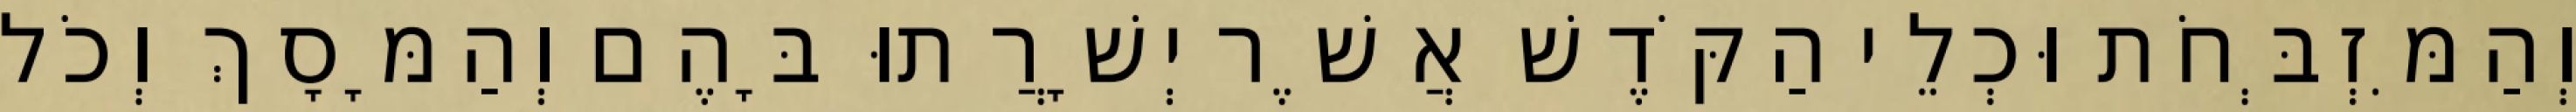
וְהַמִּזְבְּחֹת וּכְלֵי הַקֹּדֶשׁ אֲשֶׁר יְשָׁרֲתוּ בָּהֶם וְהַמָּסָךְ וְכֹל